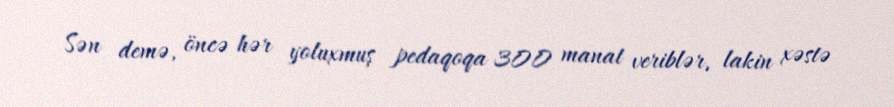
Sən demə, öncə hər yoluxmuş pedaqoqa 300 manat veriblər, lakin xəstə